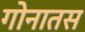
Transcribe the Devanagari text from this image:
गोनातस